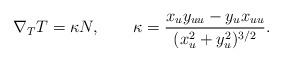
LaTeX: \begin{align*}\nabla_{T}T=\kappa N,\quad\quad\kappa=\frac{x_{u}y_{uu} -y_{u}x_{uu}}{(x_{u}^{2}+y_{u}^{2})^{3/2}}.\end{align*}